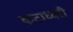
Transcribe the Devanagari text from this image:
कटाध्वरी